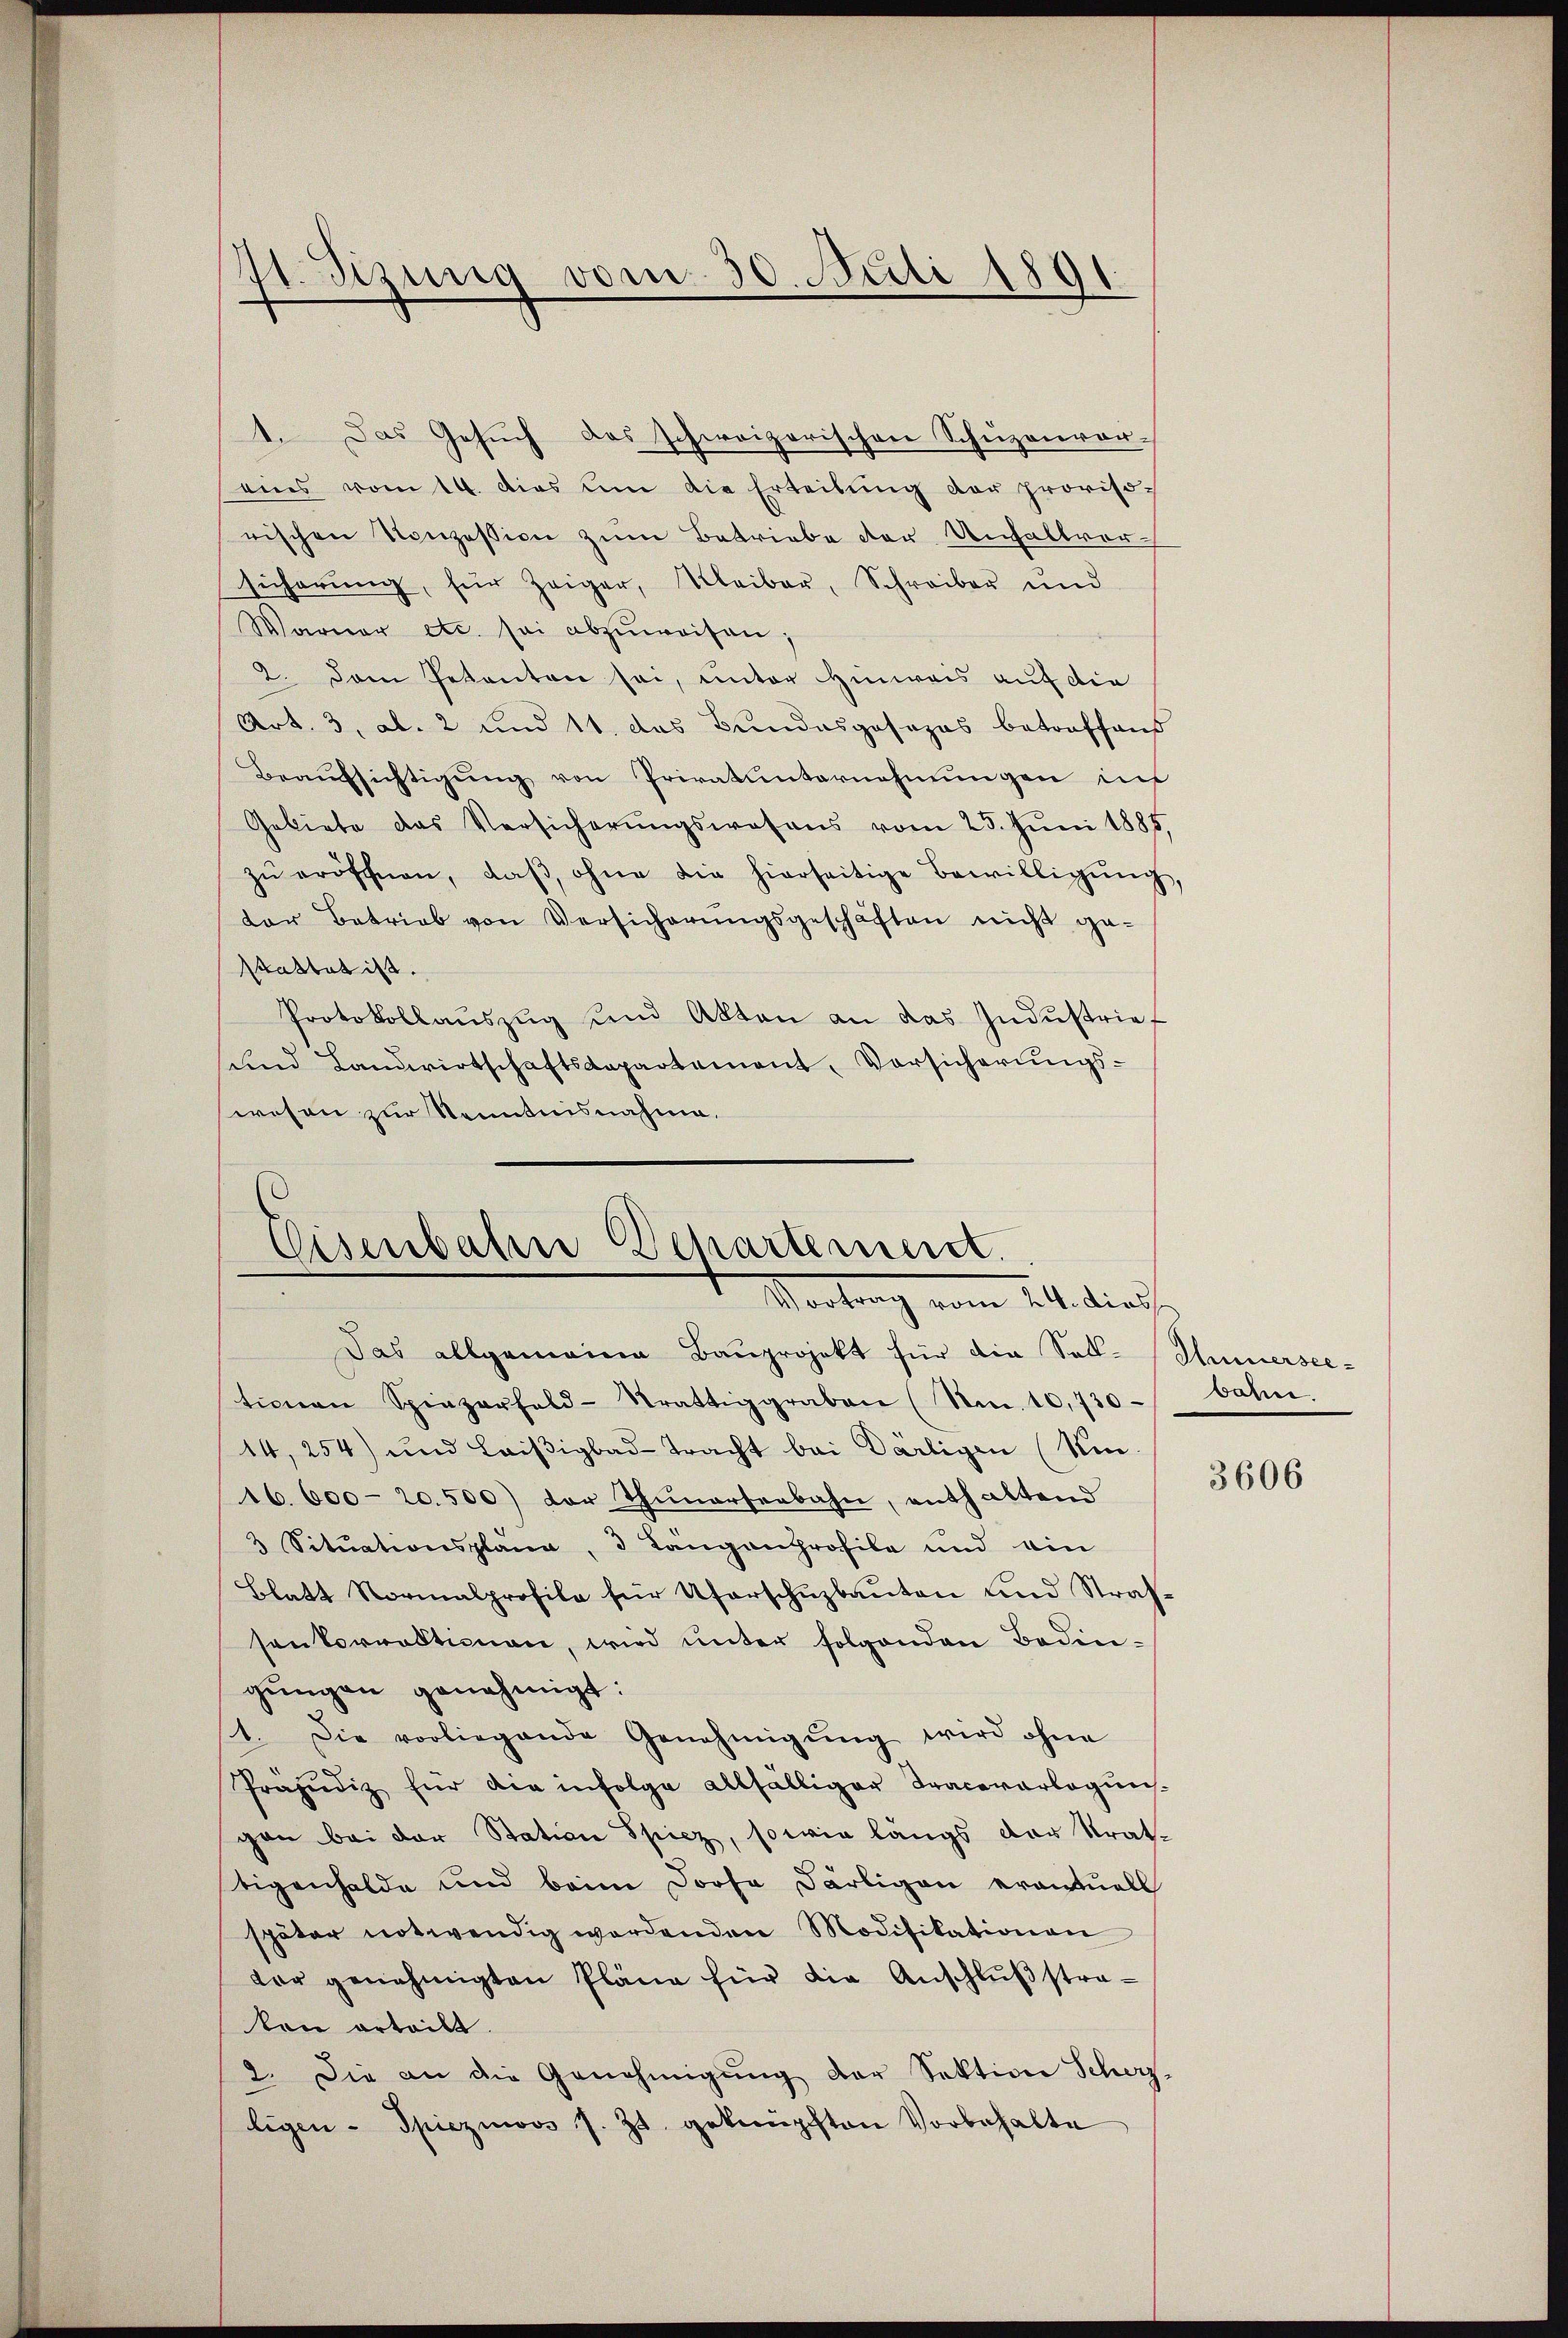
1. Das Gesuch das schweizerischen Schuzenvor-
ains vom 14. dies um die Erteilŭng der provisorischen Konzession zum Betriebe der Unfallver
sicherung, für Zeiger, Kleiber, Schreiber und
Warner etc. sei abzŭweisen;
2. Dem Petenten sei, unter Hinweis auf die
Art. 3, ab. 2 und 11. das Bundesgosozas betreffens
Beaŭfsichtigung von Privatunternehmungen ins
Gebiete das Versicherŭngswesens vom 25. Jŭni 1885,
zŭ eröschnen, daβ, ohne die hierseitige Bewilligŭng,
ter Betrieb von Versicherŭngsgeschäften nicht ge-
Stattet ist.
Protokollaŭszŭg und Alten an das Indŭstrief
und Landwirtschaftsdepartement, Vorsicherungs-
wesen zur Kenntnisnahme.

st. Sizung vom 30. Juli 1891

)
Eisenbahn Departement.
Vortrag vom 14. dies

Das allgemeine Baŭprojekt für die Soll-Summersee-
tionen Spiezerfeld-Strattiggraben (Am. 10,730- bahn.
14,254) und Laiβigbad-Tracht bei Därligen (Kin-
16. 600-20.500) der Thunersenbahn, enthaltend
3 Situationspläne, 3 Langanprofile und ein
Blatt Normalprofile für Uferschuzkanton und Strassenkorrektionen, wird unter folgenden Bedin-
gŭngen genehmigt:
t. Die vorliegende Genehmigŭng wird ohne
Präjudiz für die infolge allfälliger Tracevarlogŭn-
gen bei der Station Spiez, sowie längs der Strat-
tigenhalde und beim Dorfe Därligen eventuell
später notwendig werdenden Modifikationen
dar genehmigten Pläne für die Anschlŭβstra-
ken erteilt.
2. Die an die Genehmigŭng der Sektion Scherz,
ligen - Spiezmoos s. Zt. geknüpften Vorbehalte

3606